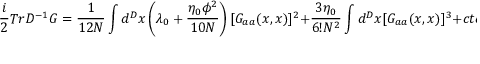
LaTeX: \frac { i } { 2 } T r D ^ { - 1 } G = \frac { 1 } { 1 2 N } \int d ^ { D } x \left( \lambda _ { 0 } + \frac { \eta _ { 0 } \phi ^ { 2 } } { 1 0 N } \right) [ G _ { a a } ( x , x ) ] ^ { 2 } + \frac { 3 \eta _ { 0 } } { 6 ! N ^ { 2 } } \int d ^ { D } x [ G _ { a a } ( x , x ) ] ^ { 3 } + c t e .